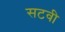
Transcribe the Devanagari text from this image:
सटवी